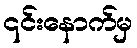
၎င်းနောက်မှ